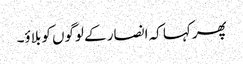
پھر کہا کہ انصار کے لوگوں کو بلاؤ۔